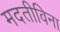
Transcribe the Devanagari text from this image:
मदतीविना